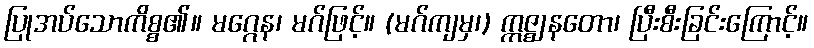
ပြုအပ်သောကိစ္စ၏။ မဂ္ဂေန၊ မဂ်ဖြင့်။ (မဂ်ကျမှ၊) ဣဇ္ဈနတော၊ ပြီးစီးခြင်းကြောင့်။